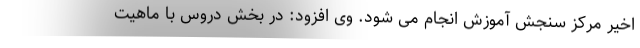
اخیر مرکز سنجش آموزش انجام می شود. وی افزود: در بخش دروس با ماهیت